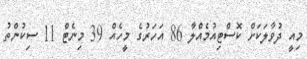
މިއީ ދުވާލަކަށް ކޮސްޓިއުމެއްލާ 86 އަހަރުގެ މީހެއް 39 މިނެޓް 11 ސިކުންތު